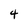
Character: 4